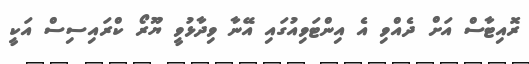
ރޮއިޓާސް އަށް ދެއްވި އެ އިންޓަވިއުގައި އޭނާ ވިދާޅުވީ ޔޫރޯ ކްރައިސިސް އަކީ